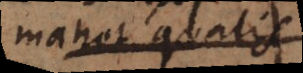
manet qualis